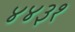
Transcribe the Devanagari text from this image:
४४३१